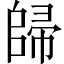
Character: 𱀠